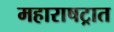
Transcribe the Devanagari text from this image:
महाराषट्रात